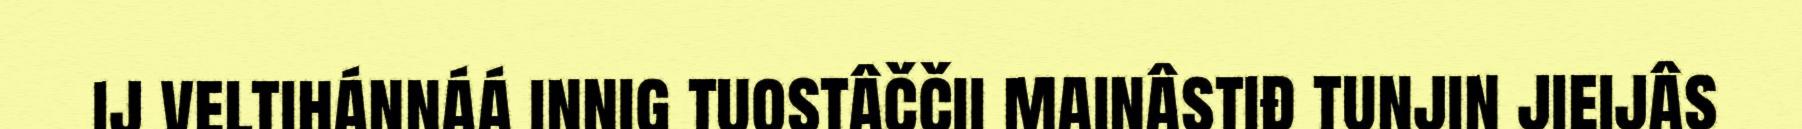
ij veltihánnáá innig tuostâččii mainâstiđ tunjin jieijâs